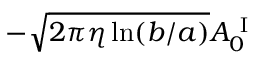
- \sqrt { 2 \pi \eta \ln ( b / a ) } A _ { 0 } ^ { \mathrm { ~ I ~ } }